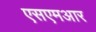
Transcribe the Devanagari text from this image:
एसएमआर